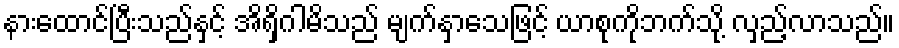
နားထောင်ပြီးသည်နှင့် အိရှိဂါမိသည် မျက်နှာသေဖြင့် ယာစုကိုဘက်သို့ လှည့်လာသည်။